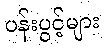
ပန်းပွင့်များ